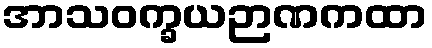
အာသဝက္ခယဉာဏကထာ